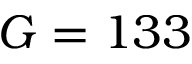
G = 1 3 3